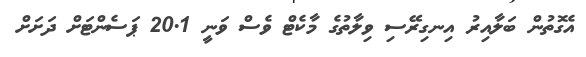
އެގޮތުން ބަލާއިރު އިނގިރޭސި ވިލާތުގެ މާކެޓް ވެސް ވަނީ 20.1 ޕަސެންޓަށް ދަށަށް